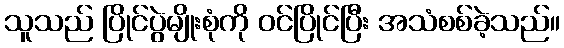
သူသည် ပြိုင်ပွဲမျိုးစုံကို ဝင်ပြိုင်ပြီး အသံစစ်ခဲ့သည်။